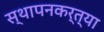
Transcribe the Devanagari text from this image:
स्थापनकर्त्या